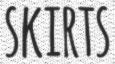
SKIRTS